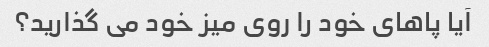
آیا پاهای خود را روی میز خود می گذارید؟